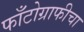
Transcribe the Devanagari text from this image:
फाँटोग्राफीचा